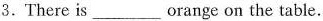
3.There is ___ orange on the table.